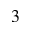
_ { 3 }